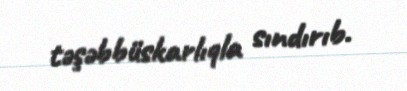
təşəbbüskarlıqla sındırıb.